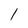
Character: l